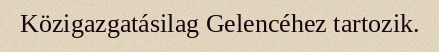
Közigazgatásilag Gelencéhez tartozik.